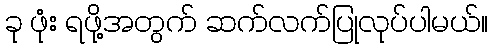
ခု ဖုံး ရဖို့အတွက် ဆက်လက်ပြုလုပ်ပါမယ်။